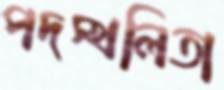
পদস্খলিতা